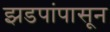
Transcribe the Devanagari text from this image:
झडपांपासून